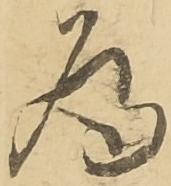
為